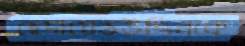
হেদায়েতউদ্দিনকে